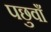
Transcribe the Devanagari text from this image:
पछुवाँ